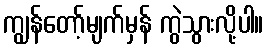
ကျွန်တော့်မျက်မှန် ကွဲသွားလို့ပါ။